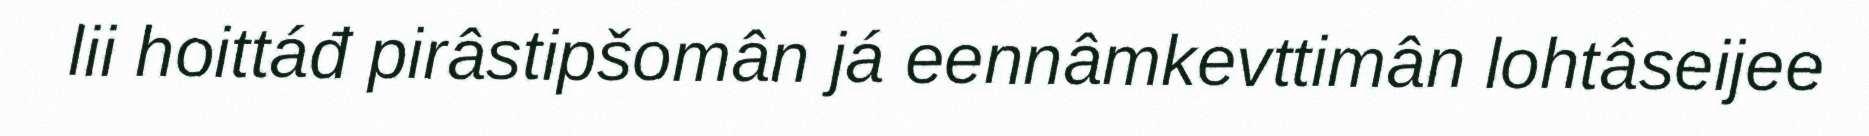
lii hoittáđ pirâstipšomân já eennâmkevttimân lohtâseijee